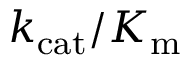
k _ { \mathrm { { c a t } } } / K _ { \mathrm { { m } } }